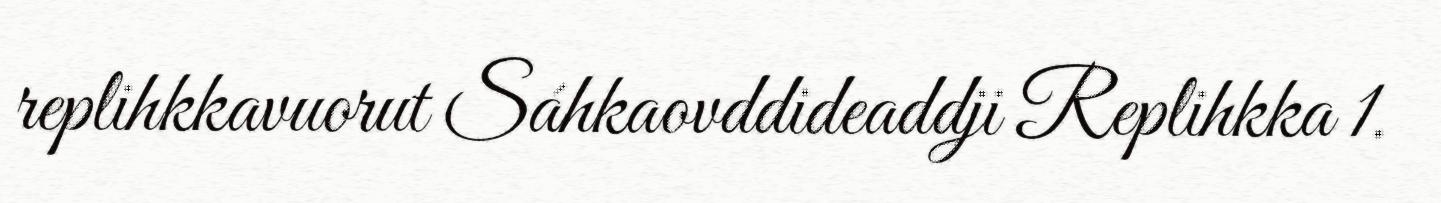
replihkkavuorut Sáhkaovddideaddji Replihkka 1.